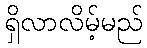
ရှိလာလိမ့်မည်